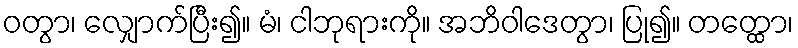
ဝတွာ၊ လျှောက်ပြီး၍။ မံ၊ ငါဘုရားကို။ အဘိဝါဒေတွာ၊ ပြု၍။ တတ္ထော၊